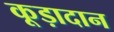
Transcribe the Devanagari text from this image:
कूड़ादान